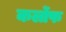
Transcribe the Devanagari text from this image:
कर्लोफ